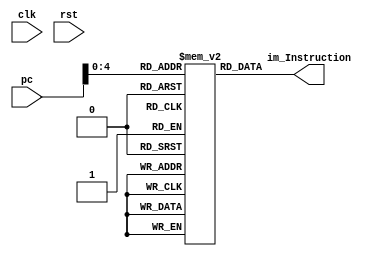
//INSTRUCTION MEMORY//
module Instruction_Memory#(parameter p_size = 32,i_size=32,depth=32) (
  input clk, rst,
  input [p_size-1:0] pc,
  output [i_size-1:0] im_Instruction
);
   //size of instruction i_size=32;                     
   //number of instructions depth=32;                    
    
  reg [i_size-1:0] ROM [depth-1:0]; // ROM containing instructions

    // Initializing ROM with instructions
    initial 
      begin
        //NON-HAZARDOUS INSTRUCTIONS//
        ROM[0]  = 32'b000000_00000_00000_00000_00000_000000;      //nop 
        ROM[1]  = 32'b000000_00010_00001_00001_00000_100000;      //add
        ROM[2]  = 32'b000000_00101_00001_00100_00000_100010;      //sub           //data dependences rs2=rd1
        ROM[3]  = 32'b000000_00010_00001_00100_00000_100100;      //and
        ROM[4]  = 32'b000000_00010_00001_00101_00000_100101;      //or
        ROM[5]  = 32'b000000_00010_00101_00110_00010_101010;      //slt            //data dependence  rt2=rd1
        ROM[6]  = 32'b000000_00010_00001_00011_00010_101010;      
      
        ROM[7]  = 32'b000001_00011_00000_0000000000000101;        //lw      dependency between rtype and lw
              
        ROM[8]  = 32'b000011_00100_00001_0000000000000011;        //beq not applied

        ROM[9]  = 32'b000100_00000000000000000000000010;          //jump    
        
        //HAZARDOUS INSTRUCTIONS//
        ROM[10]  = 32'b000010_00111_00001_0000000000000111;        //sw
        ROM[11]  = 32'b000001_00011_00001_0000000000000001;        //lw  data dependcy between lw and sw
        
        ROM[12]  = 32'b000100_00000000000000000000000010;          //jump  to pc+2 without sll 

        ROM[13]  = 32'b000011_00100_00100_0000000000000011;        //beq applied
                
        ROM[14]  = 32'b000000_00010_00100_00001_00000_100000;      //add       
        
        ROM[15]  = 32'b000000_00010_00001_01001_00000_100101;      //or      data dependcy rt2=rd1
        
        ROM[16]  = 32'b000000_00000_00010_00011_00000_100010;      //sub 
        
        ROM[17]  = 32'b000010_01001_00011_0000000000000010;        //sw      data dependcy between sw and rtype
              
        ROM[18]  = 32'b000010_00100_00000_000000000000001;         //sw with rd updated in above instruction

        ROM[19]  = 32'b000100_00000000000000000000000100;          //jump to pc+4  without sll 
        
        ROM[20] = 32'b000011_00100_00100_0000000000000011;         //beq not applied
        
      
        //NO-USE INSTRUCTIONS
        ROM[21] = 32'b00000000000000000000000000000000;        // nop
        ROM[22] = 32'b00000000000000000000000000000000;        // nop 
        ROM[23] = 32'b00000000000000000000000000000000;        // nop
        ROM[24] = 32'b00000000000000000000000000000000;        // nop
        ROM[25] = 32'b00000000000000000000000000000000;        // nop
        ROM[26] = 32'b00000000000000000000000000000000;        // nop
        ROM[27] = 32'b00000000000000000000000000000000;        // nop
        ROM[28] = 32'b00000000000000000000000000000000;        // nop
        ROM[29] = 32'b00000000000000000000000000000000;        // nop
        ROM[30] = 32'b00000000000000000000000000000000;        // nop
        ROM[31] = 32'b00000000000000000000000000000000;        // nop
        
    end

    // Output instruction based on program counter
    assign im_Instruction = ROM[pc];  

endmodule